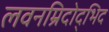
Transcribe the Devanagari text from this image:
लवनम्रिदोद्भिद